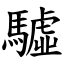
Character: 驉